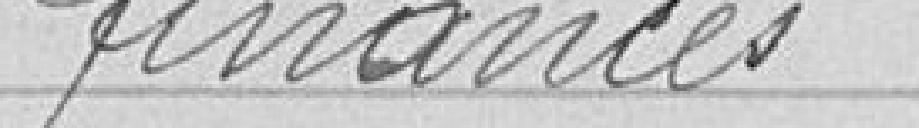
finances